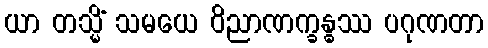
ယာ တသ္မိံ သမယေ ဝိညာဏက္ခန္ဓဿ ပဂုဏတာ